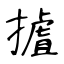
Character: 摣